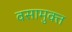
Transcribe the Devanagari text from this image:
वसामुक्त